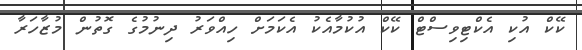
ކޭކް އުކި އެކްޓިވިސްޓް ކޭކް އުކުމާއެކު އެކަމަށް ހިއްވަރު ދިނުމުގެ ގޮތުން މުޒާހަރާ